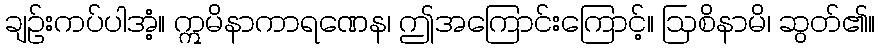
ချဉ်းကပ်ပါအံ့။ ဣမိနာကာရဏေန၊ ဤအကြောင်းကြောင့်။ ဩစိနာမိ၊ ဆွတ်၏။